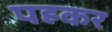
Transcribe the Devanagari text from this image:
पहकर